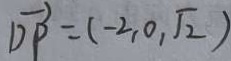
\overrightarrow { D P } = ( - 2 , 0 , \sqrt { 2 } )